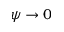
\psi \rightarrow 0